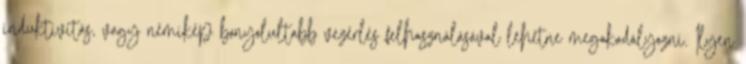
induktivitás, vagy némikép bonyolultabb vezérlés felhasználásával lehetne megakadályozni. Ilyen